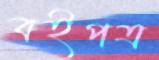
বইপত্র